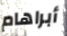
أبراهام